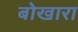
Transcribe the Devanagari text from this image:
बोखारा